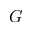
G